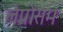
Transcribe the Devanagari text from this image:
लेप्रोसम